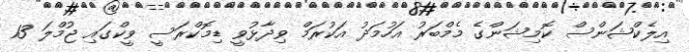
އިލެކްޝަންސް ކޮމިޝަންގެ މެމްބަރު އަހުމަދު އަކުރަމް ވިދާޅުވީ ޑިމޮކްރަސީ ވީކްގައި ޖުމްލަ 13